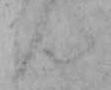
ん